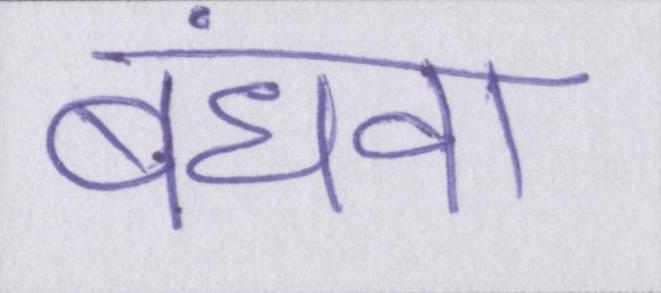
बंधवा